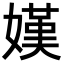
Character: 嫨